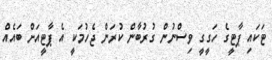
ޓަކައި ޕާޓީގެ ހަގީގީ ވިސްނުން ގުރުބާން ކުރަން ޖެހުމަކީ އެ ޕާޓީއަށް ބައެއް